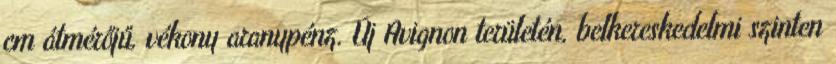
cm átmérőjű, vékony aranypénz. Új Avignon területén, belkereskedelmi szinten